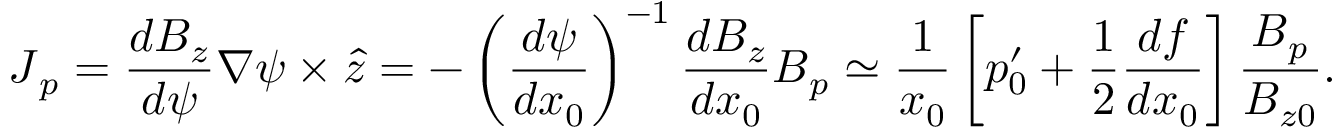
\boldsymbol { J } _ { p } = \frac { d B _ { z } } { d \psi } \nabla \psi \times \boldsymbol { \hat { z } } = - \left( \frac { d \psi } { d x _ { 0 } } \right) ^ { - 1 } \frac { d B _ { z } } { d x _ { 0 } } \boldsymbol { B } _ { p } \simeq \frac { 1 } { x _ { 0 } } \left[ p _ { 0 } ^ { \prime } + \frac { 1 } { 2 } \frac { d f } { d x _ { 0 } } \right] \frac { \boldsymbol { B } _ { p } } { B _ { z 0 } } .